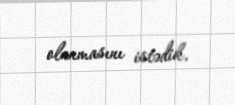
olunmasını istədik.